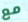
مع